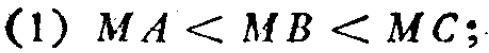
(1) \(MA < MB < MC\);